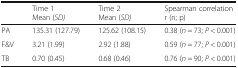
|  | Time 1Mean (SD) | Time 2Mean (SD) | Spearman correlationr (n; p) |
 | --- | --- | --- | --- |
 | PA | 135.31 (127.79) | 125.62 (108.15) | 0.38 (n = 73; P < 0.001) |
 | F&V | 3.21 (1.99) | 2.92 (1.88) | 0.59 (n = 77; P < 0.001) |
 | TB | 0.70 (0.45) | 0.68 (0.46) | 0.76 (n = 90; P < 0.001) |